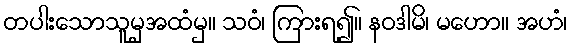
တပါးသောသူမှအထံမှ။ သဝံ၊ ကြားရ၍။ နဝဒါမိ၊ မဟော။ အဟံ၊